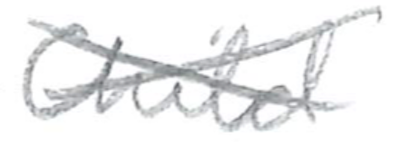
Text: Child
Cross-out: cross
Writing tool: pencil